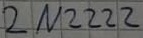
Text: 2N2222